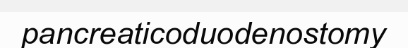
pancreaticoduodenostomy